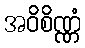
အဝိစိဏ္ဏံ